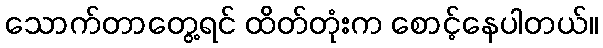
သောက်တာတွေ့ရင် ထိတ်တုံးက စောင့်နေပါတယ်။